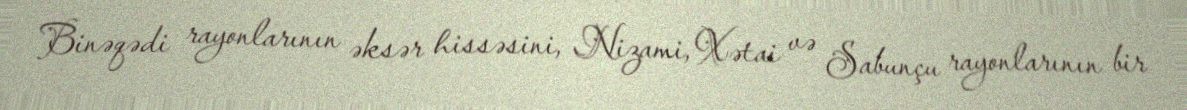
Binəqədi rayonlarının əksər hissəsini, Nizami, Xətai və Sabunçu rayonlarının bir